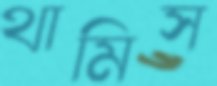
থামিস